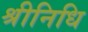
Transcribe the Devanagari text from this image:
श्रीनिधि